Indian journal of veterinary science and animal husbandry - Volume 6,
Year: 1936
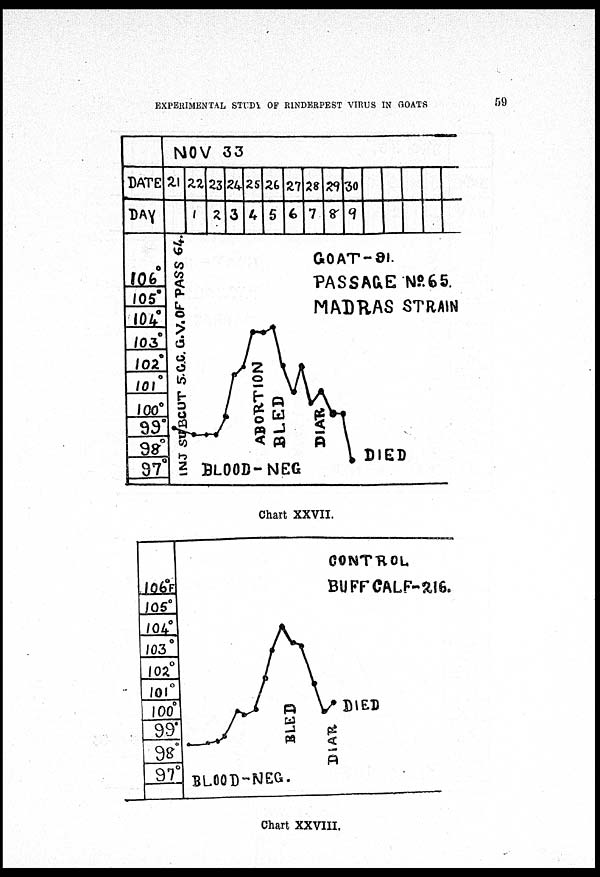
EXPERIMENTAL STUDY OF RINDERPEST VIRUS IN GOATS
59
Chart XXVII.
Chart XXVIII.